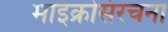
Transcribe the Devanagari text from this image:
माइक्रोसंरचना